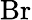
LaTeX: \mathrm{Br}